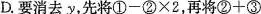
D.要消去y，先将$$①-②\times2$$，再将$$②+③$$